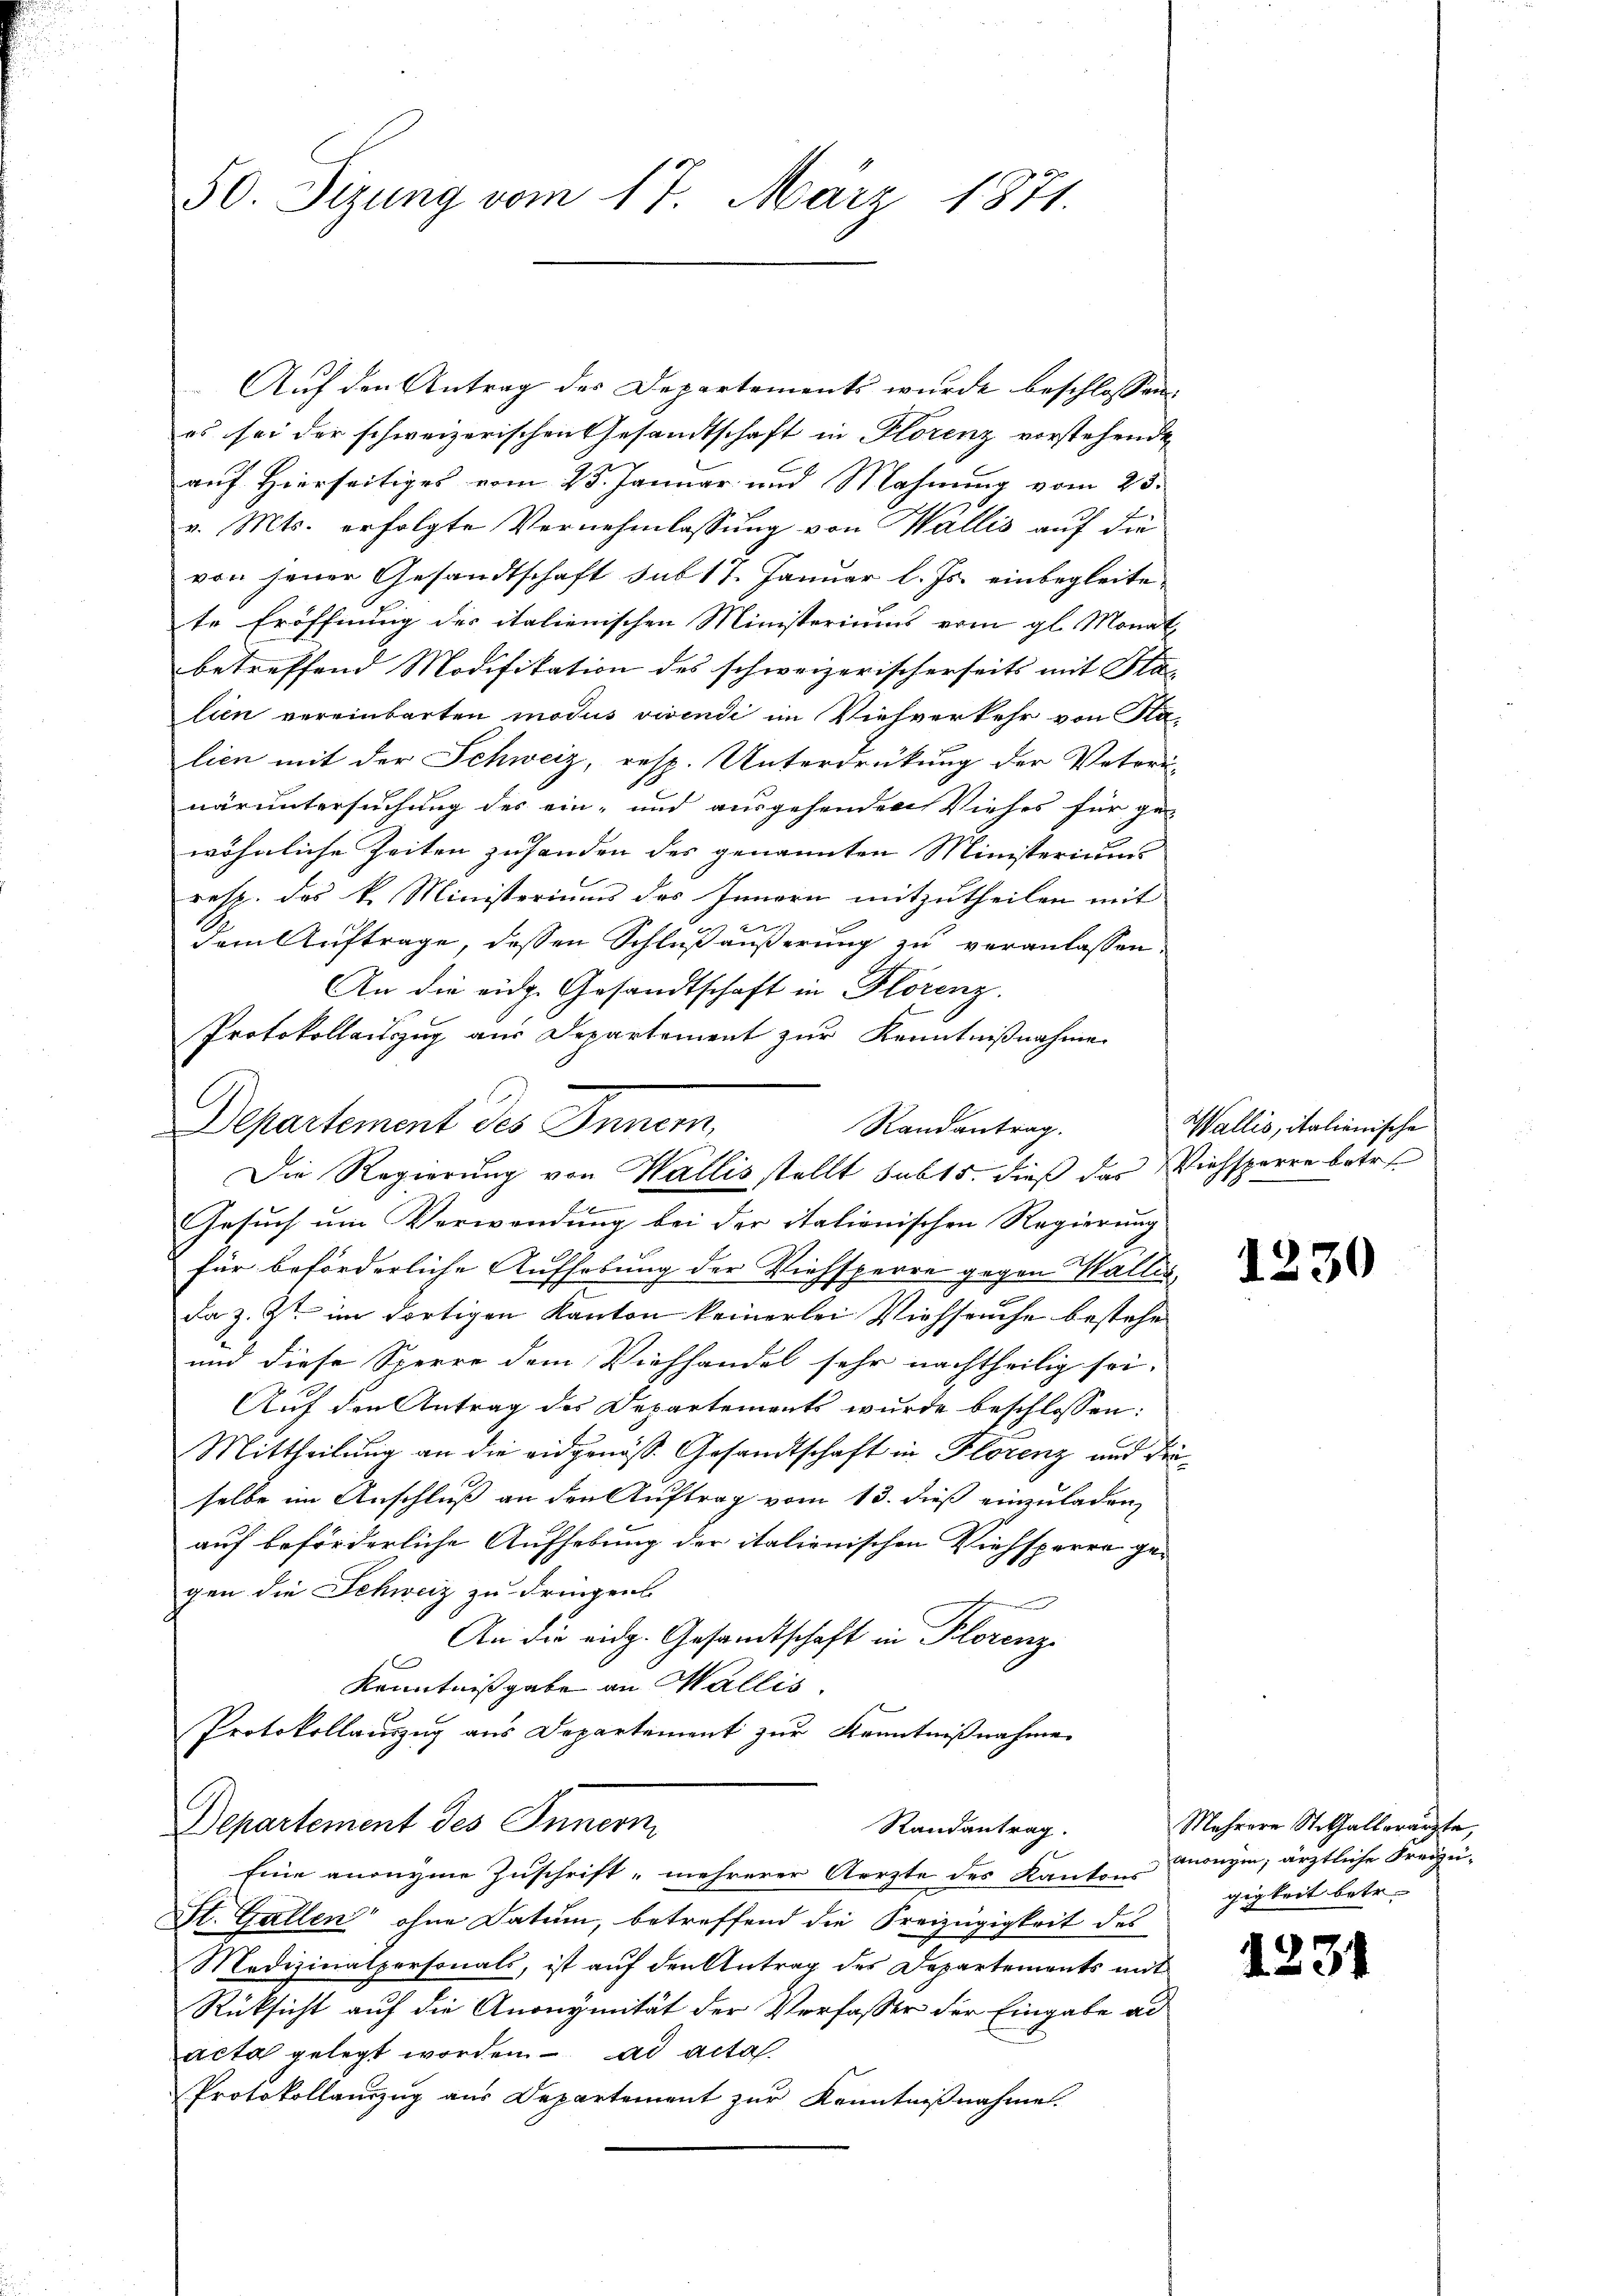
50. Sizung vom 17. März 1871.

Auf den Antrag des Departements wurde beschlossen:
es sei der schweizerischen Gesandtschaft in Florenz vorstehende
auf Hierseitiges vom 25. Januar und Mahnung vom 23.
v. Mts. erfolgte Vernehmlassung von Wallis auf die
von jener Gesandtschaft sub 17. Januar l. Js. einbegleite
te Eröffnung des italienischen Ministeriums vom gl. Monat
betreffend Modifikation des schweizerischerseits mit Ka-
lien vereinbarten modus vivendi im Viehverkehr von Kalien mit der Schweiz, resp. Unterdrückung der Votori-
naruntersuchung des ein- und ausgehenden Viehes für ge-
wöhnliche Zeiten zuhanden des genannten Ministeriums
resp. des k. Ministeriums des Innern mitzutheilen mit
dem Auftrage, dessen Schluß äußerung zu veranlassen.
An die eidg. Gesandtschaft in Florenz.
Protokollauszug aus Departement zur Kenntnißnahme

Departement des Innern,
Randantrag.
Die Regierung von Wallis stellt subts. dieß das Viehsperre betr.

Gesuch um Verwendung bei der italienischen Regierung
für beförderliche Aufhebung der Viehsperre gegen Wallis
da z. Zt. im dortigen Kanton keinerlei Viehseuche bestehe
und diese Sperre dem Viehhandel sehr nachtheilig sei.
Auf den Antrag des Departements wurde beschlossen:
Mittheilung an die eidgenöß Gesandtschaft in Florenz und Präselbe im Anschluß an den Auftrag vom 13. dieß einzuladen,
auf beförderliche Aufhebung der italienischen Viehsperre ge-
gen die Schweiz zu dringen
An die eidg. Gesandtschaft in Florenz
Kenntnißgabe an Wallis.
Protokollauszug aus Departement zur Kenntnißnahme
Departement des Innern
Randantrag.
Eine anonyme Zuschrift mehrerer Aerzte des Kantons
St. Gallen ohne Datum, betreffend die Freizügigkeit des
Medizinalpersonals, ist auf den Antrag des Departements mit
Rücksicht auf die Anonymität der Verfasser der Eingabe ad
acta gelegt worden. ad acta.
Protokollauszug aus Departement zur Kenntnißnahme.

Wallis, italienische

1230

Mehrere Statthalterärzte,
anonym, ärztliche Freizeigigkeit betr.

1231